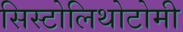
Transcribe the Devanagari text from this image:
सिस्टोलिथोटोमी